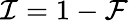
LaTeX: \mathcal{I}=1-\mathcal{F}